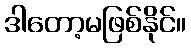
ဒါတော့မဖြစ်နိုင်။